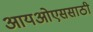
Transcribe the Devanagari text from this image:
आयओएससाठी